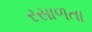
રસાળતા